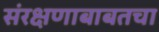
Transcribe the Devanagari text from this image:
संरक्षणाबाबतचा